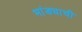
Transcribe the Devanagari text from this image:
भांड्याची